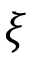
\xi